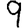
Digit: 9